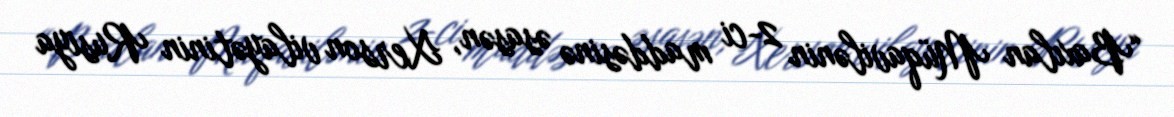
“Baxılan Müqavilənin 2-ci maddəsinə əsasən, Xerson vilayətinin Rusiya